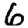
Digit: 6